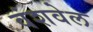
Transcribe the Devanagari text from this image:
वंशवेल